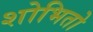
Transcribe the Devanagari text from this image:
शोभितो